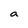
Character: a